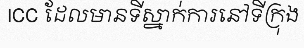
ICC ដែលមានទីស្នាក់ការនៅទីក្រុង